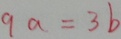
9 a = 3 b